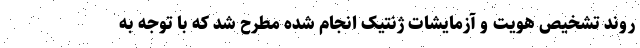
روند تشخيص هويت و آزمايشات ژنتيک انجام شده مطرح شد كه با توجه به